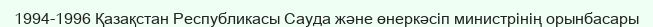
1994-1996 Қазақстан Республикасы Сауда және өнеркәсіп министрінің орынбасары